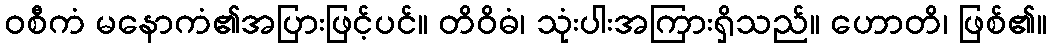
ဝစီကံ မနောကံ၏အပြားဖြင့်ပင်။ တိဝိဓံ၊ သုံးပါးအကြားရှိသည်။ ဟောတိ၊ ဖြစ်၏။